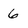
Character: 6